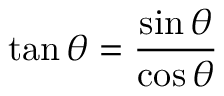
\tan \theta = { \frac { \sin \theta } { \cos \theta } }